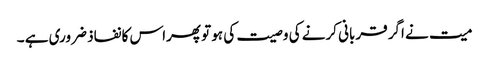
میت نے اگر قربانی کرنے کی وصیت کی ہو تو پھراس کا نفاذ ضروری ہے ۔